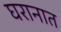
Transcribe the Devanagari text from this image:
घरानात